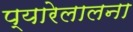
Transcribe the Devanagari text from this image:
प्यारेलालना